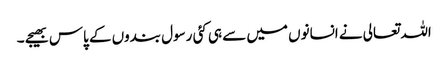
اللہ تعالی نے انسانوں میں سے ہی کئی رسول بندوں کے پاس بھیجے ۔